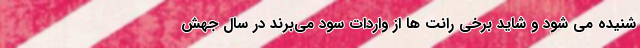
شنیده می شود و شاید برخی رانت ها از واردات سود می‌برند در سال جهش